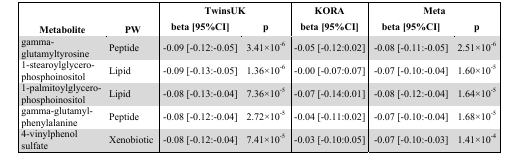
| <COLSPAN=2>  | <COLSPAN=2> TwinsUK | KORA | <COLSPAN=2> Meta |
 | Metabolite | PW | beta [95%CI] | p | beta [95%CI] | beta [95%CI] | p |
 | --- | --- | --- | --- | --- | --- | --- |
 | gamma-glutamyltyrosine | Peptide | −0.09 [−0.12:−0.05] | 3.41×10−6 | −0.05 [−0.12:0.02] | −0.08 [−0.11:−0.05] | 2.51×10−6 |
 | 1-stearoylglycero-phosphoinositol | Lipid | −0.09 [−0.13:−0.05] | 1.36×10−6 | −0.00 [−0.07:0.07] | −0.07 [−0.10:−0.04] | 1.60×10−5 |
 | 1-palmitoylglycero-phosphoinositol | Lipid | −0.08 [−0.13:−0.04] | 7.36×10−5 | −0.07 [−0.14:0.01] | −0.08 [−0.12:−0.04] | 1.64×10−5 |
 | gamma-glutamyl-phenylalanine | Peptide | −0.08 [−0.12:−0.04] | 2.72×10−5 | −0.04 [−0.11:0.02] | −0.07 [−0.10:−0.04] | 1.68×10−5 |
 | 4-vinylphenol sulfate | Xenobiotic | −0.08 [−0.12:−0.04] | 7.41×10−5 | −0.03 [−0.10:0.05] | −0.07 [−0.10:−0.03] | 1.41×10−4 |